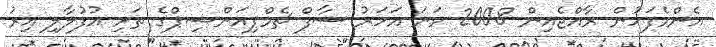
އެންމެފަހުން ރާއްޖެއިން 2008 ވަނަ އަހަރު ސާފް ޗެމްޕިއަންޝިޕްގެ ތަށި އުފުލާލި އިރު